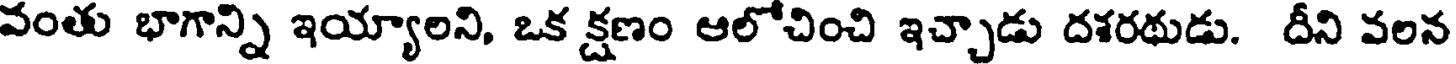
వంతు భాగాన్ని ఇయ్యాలని, ఒక క్షణం ఆలోచించి ఇచ్చాడు దశరథుడు. దీని వలన